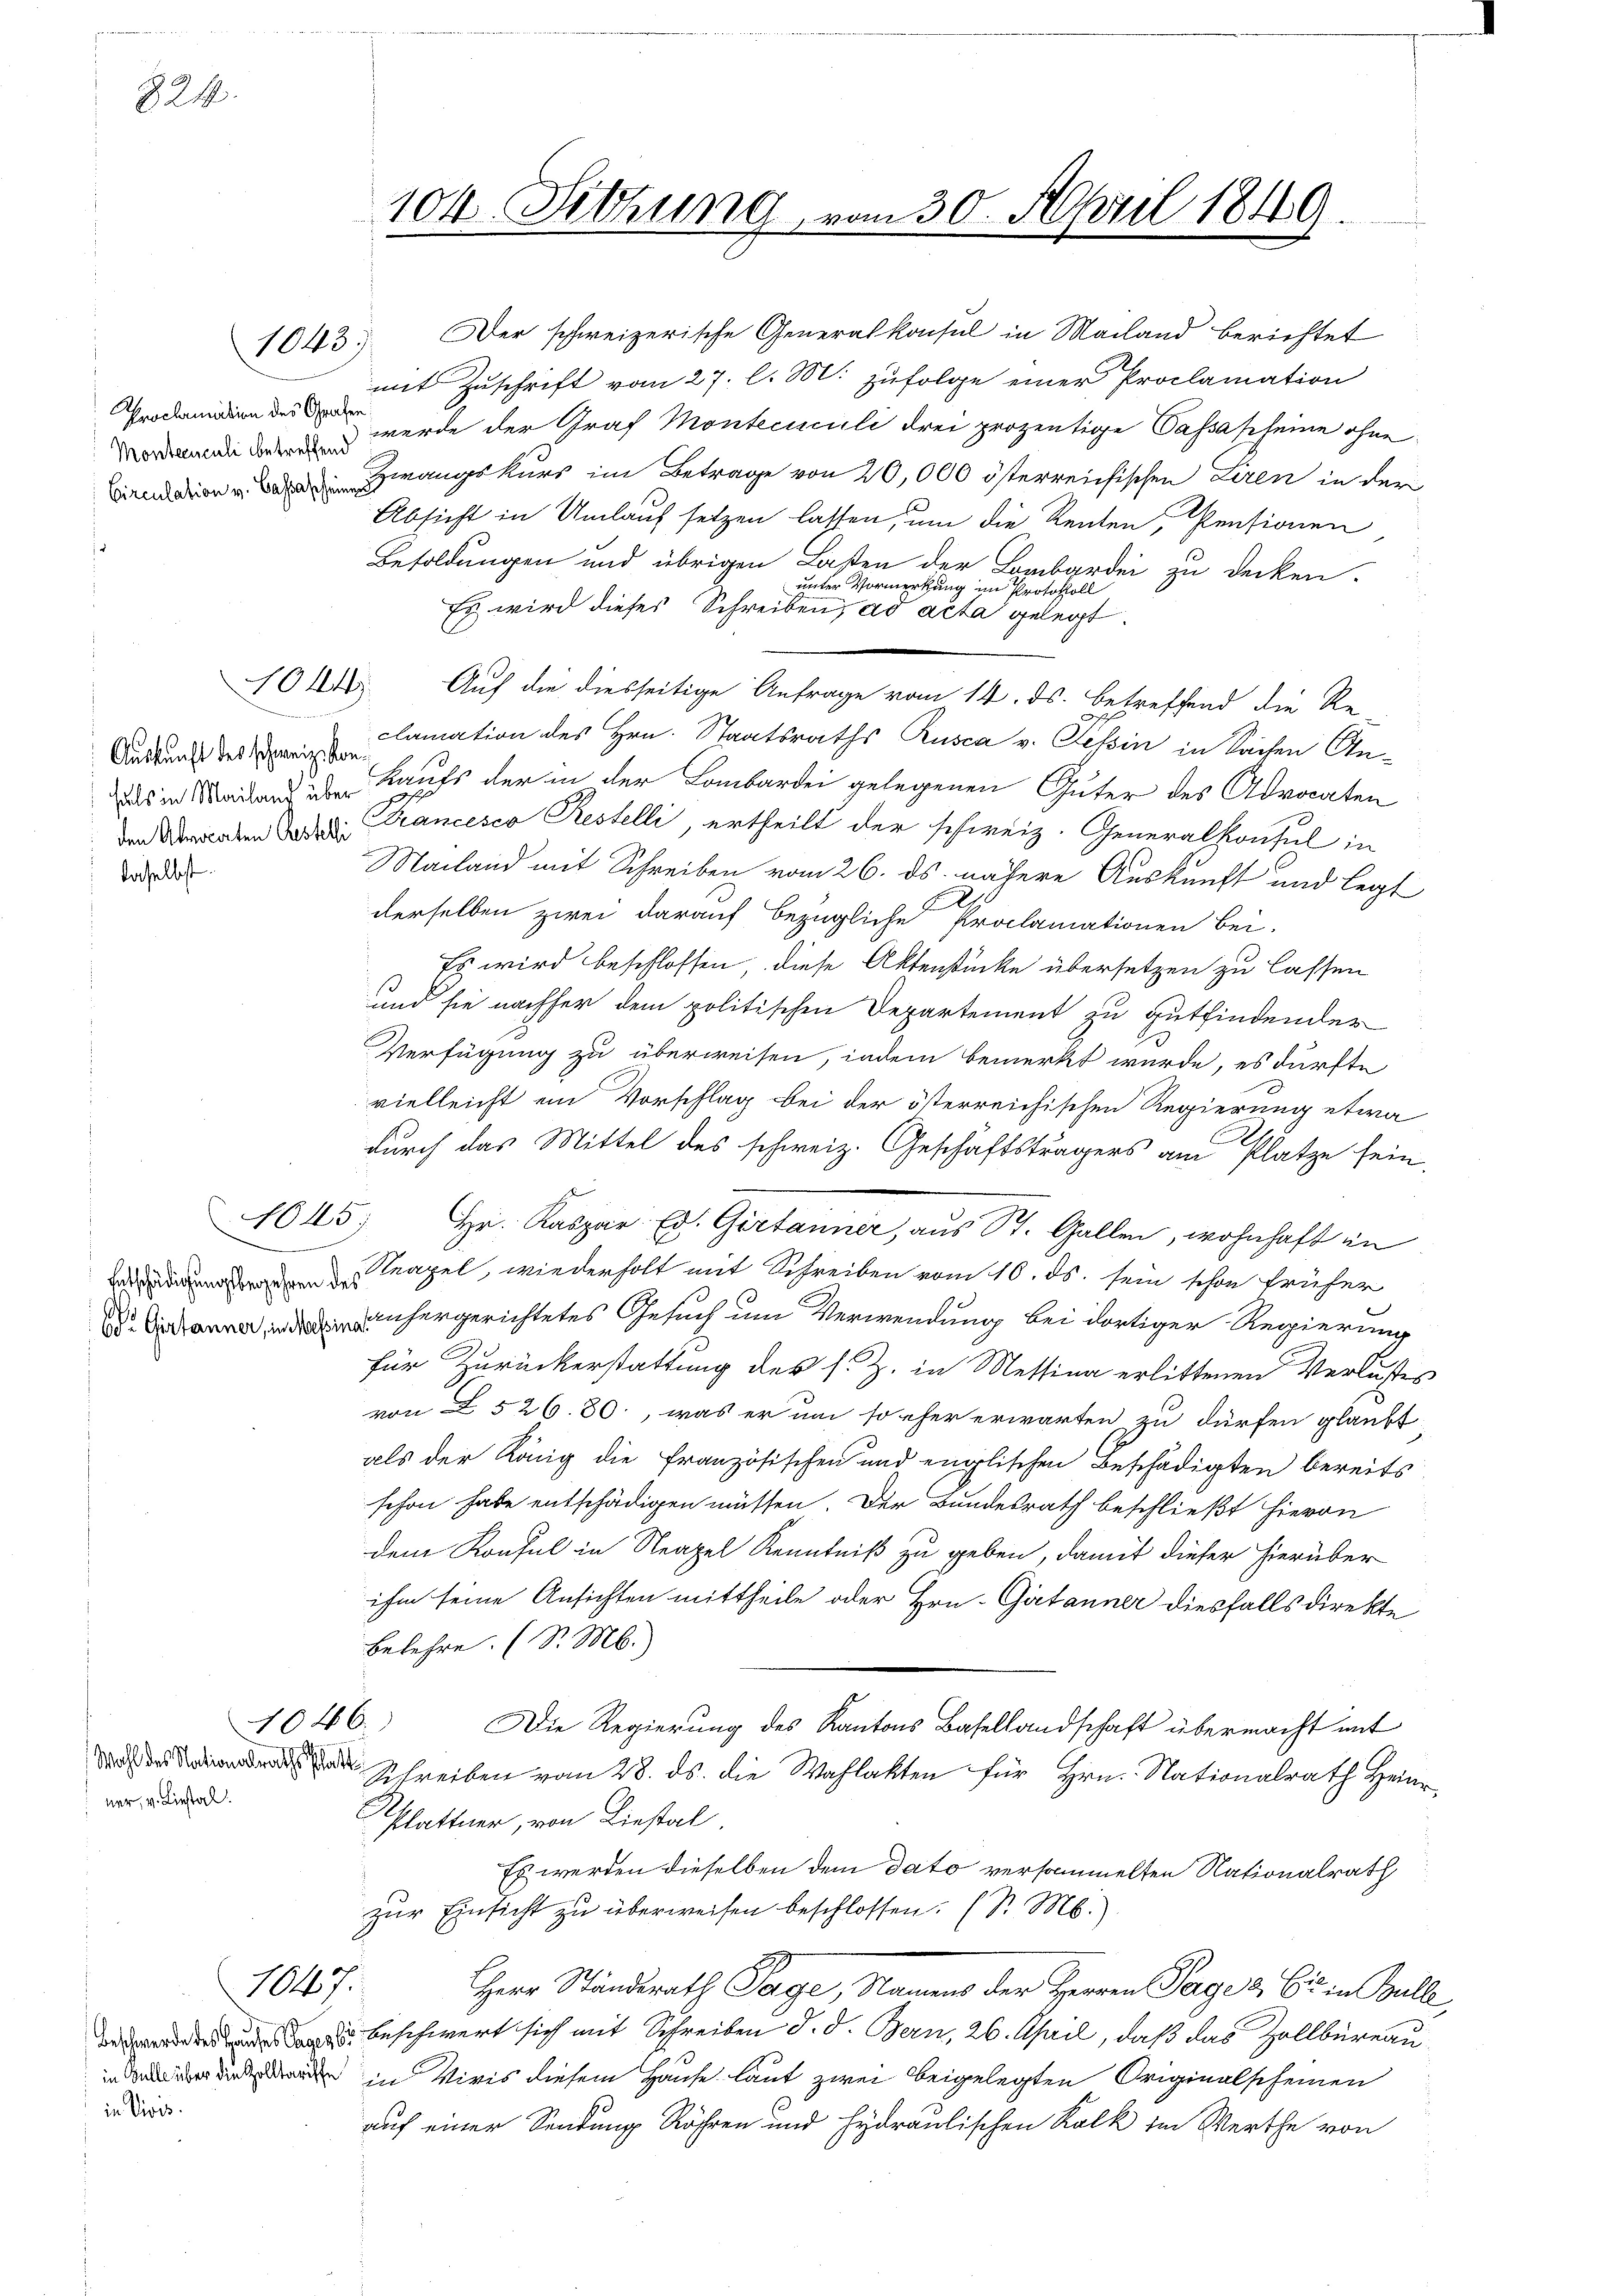
824.

Proclamation des Grafen

daselbst

1843)

1014

Auskunft des schweiz. Kon¬

4645

ner, v. Liestal.

4046.

1047.

in Divis.

104. Sitzung vom 30. April 1846

Der schweizerische Generalkonsul in Mailand berichtet
mit Zuschrift vom 27. l. M. zufolge einer Proclamation
 d werde der Graf Monteciculi drei prozentige Passascheine ohne
wangskurs im Betrage von 20,000 österreichischen Liren in der
Absicht in Umlauf setzen lassen, um die Renten, Pensionen
Besoldungen und übrigen Lasten der Lombardei zu decken.
unter Vormerkung im Protokoll
Es wird dieses Schreiben, ad acta gelegt.
Auf die diesseitige Anfrage vom 14. ds. betreffend die Re-
clamation des Hrn. Staatsraths Rusca v. Tessin in Sachen An-
uls in Mailand über Kaufs der in der Lombardei gelegenen Güter des Advocaten
den Moricaten Gardi Krancesco Restelli, ertheilt der schweiz. Generalkonsul in
Mailand mit Schreiben vom 26. ds. nähere Auskunft und legt
derselben zwei darauf bezügliche Proclamationen bei.
Es wird beschlossen, diese Aktenstücke übersetzen zu lassen
und sie nachher dem politischen Departement zu gutfindender
Verfügung zu überweisen, indem bemerkt wurde, es dürfte
vielleicht ein Vorschlag bei der österreichischen Regierung etwa
durch das Mittel des schweiz. Geschäftsträgers am Platze sein,
Hr. Kaspar Ed. Gertanner, aus St. Gallen, wohnhaft in
Erud eapel, wiederholt mit Schreiben vom 10. ds. sein schon früher
nhergerichtetes Gesuch um Verwendung bei dortiger Regierung
für Zurückerstattung des s. Z. in Messina erlittenen Verlustes
von § 526. 30, was er um so eher erwarten zu dürfen glaubt
als der König die französischen und englischen Beschädigten bereits
schon habe entschädigen müssen. Der Bundesrath beschließt hievon
dem Konsul in Neapel Kenntniß zu geben, damit dieser hierüber
ihm seine Ansichten mittheile oder Hrn. Gitanner diesfalls direkte
belehre. (S. M.
Die Regierung des Kantons Basellandschaft übermacht mit
 Schreiben vom 28. ds. die Wahlakten für Hrn. Nationalrath Heinr
Plattner, von Liestal
Es werden dieselben dem Dato versammelten Nationalrath
zur Einsicht zu überweisen beschlossen. (S. M.)
Herr Standsrath Tage, Namens der Herren Tages, Er in Bulle,
 beschwert sich mit Schreiben d. d. Bern, 26. April, daß das Zollbüreau
d in Viris diesem Hause laut zwei beigelegten Originalscheinen
auf einer Sendung Röhren und hydraulischen Kolk im Werthe von